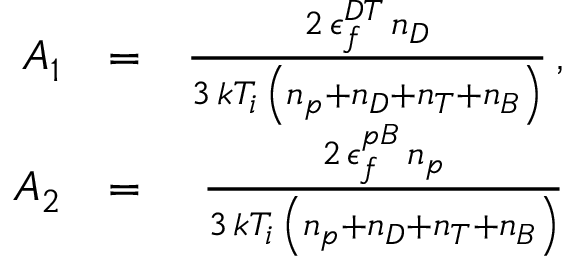
\begin{array} { r l r } { A _ { 1 } } & { = } & { \frac { 2 \, \epsilon _ { f } ^ { D T } \, n _ { D } } { 3 \, k T _ { i } \, \left( n _ { p } + n _ { D } + n _ { T } + n _ { B } \right) } \, , } \\ { A _ { 2 } } & { = } & { \frac { 2 \, \epsilon _ { f } ^ { p B } \, n _ { p } } { 3 \, k T _ { i } \, \left( n _ { p } + n _ { D } + n _ { T } + n _ { B } \right) } } \end{array}